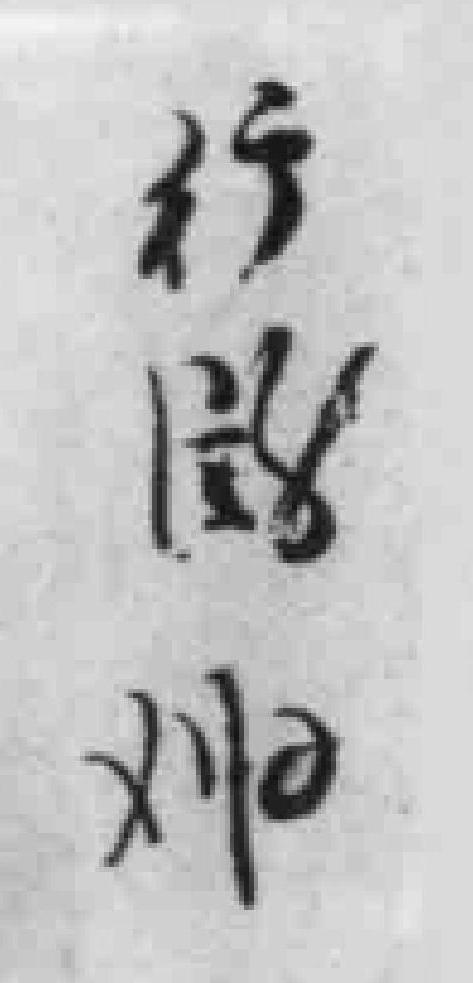
行微如